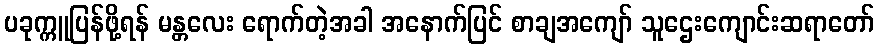
ပခုက္ကူပြန်ဖို့ရန် မန္တလေး ရောက်တဲ့အခါ အနောက်ပြင် စာချအကျော် သူဌေးကျောင်းဆရာတော်